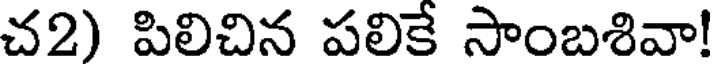
చ2) పిలిచిన పలికే సాంబశివా!